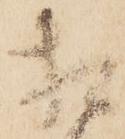
相